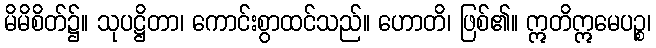
မိမိစိတ်၌။ သုပဋ္ဌိတာ၊ ကောင်းစွာထင်သည်။ ဟောတိ၊ ဖြစ်၏။ ဣတိဣမေပဉ္စ၊